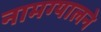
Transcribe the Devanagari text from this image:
नामग्यालने